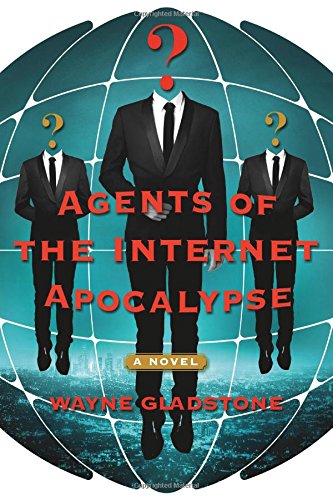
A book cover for Agents of the Internet Apocalypse: A Novel (The Internet Apocalypse Trilogy); Wayne Gladstone; Humor & Entertainment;